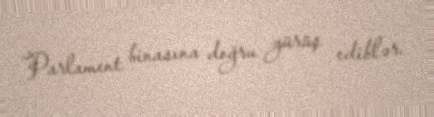
Parlament binasına doğru yürüş ediblər.